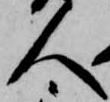
人